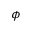
\phi